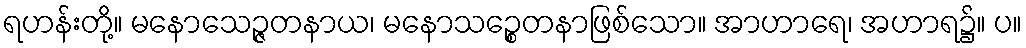
ရဟန်းတို့။ မနောသေဉ္ဇတနာယ၊ မနောသဉ္စေတနာဖြစ်သော။ အာဟာရေ၊ အဟာရ၌။ ပ။